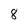
Character: 8